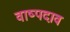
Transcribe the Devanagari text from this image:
वाष्पदाव